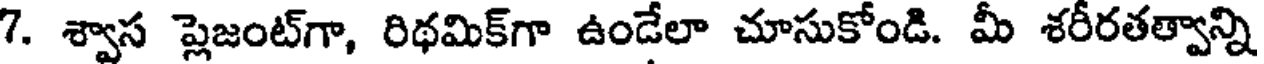
7. శ్వాస ప్లెజంట్గా, రిథమిక్గా ఉండేలా చూసుకోండి. మీ శరీరతత్వాన్ని